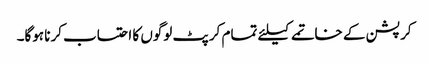
کرپشن کے خاتمے کیلئے تمام کرپٹ لوگوں کا احتساب کرنا ہوگا۔